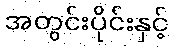
အတွင်းပိုင်းနှင့်